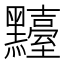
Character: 𪒴